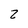
Character: 2